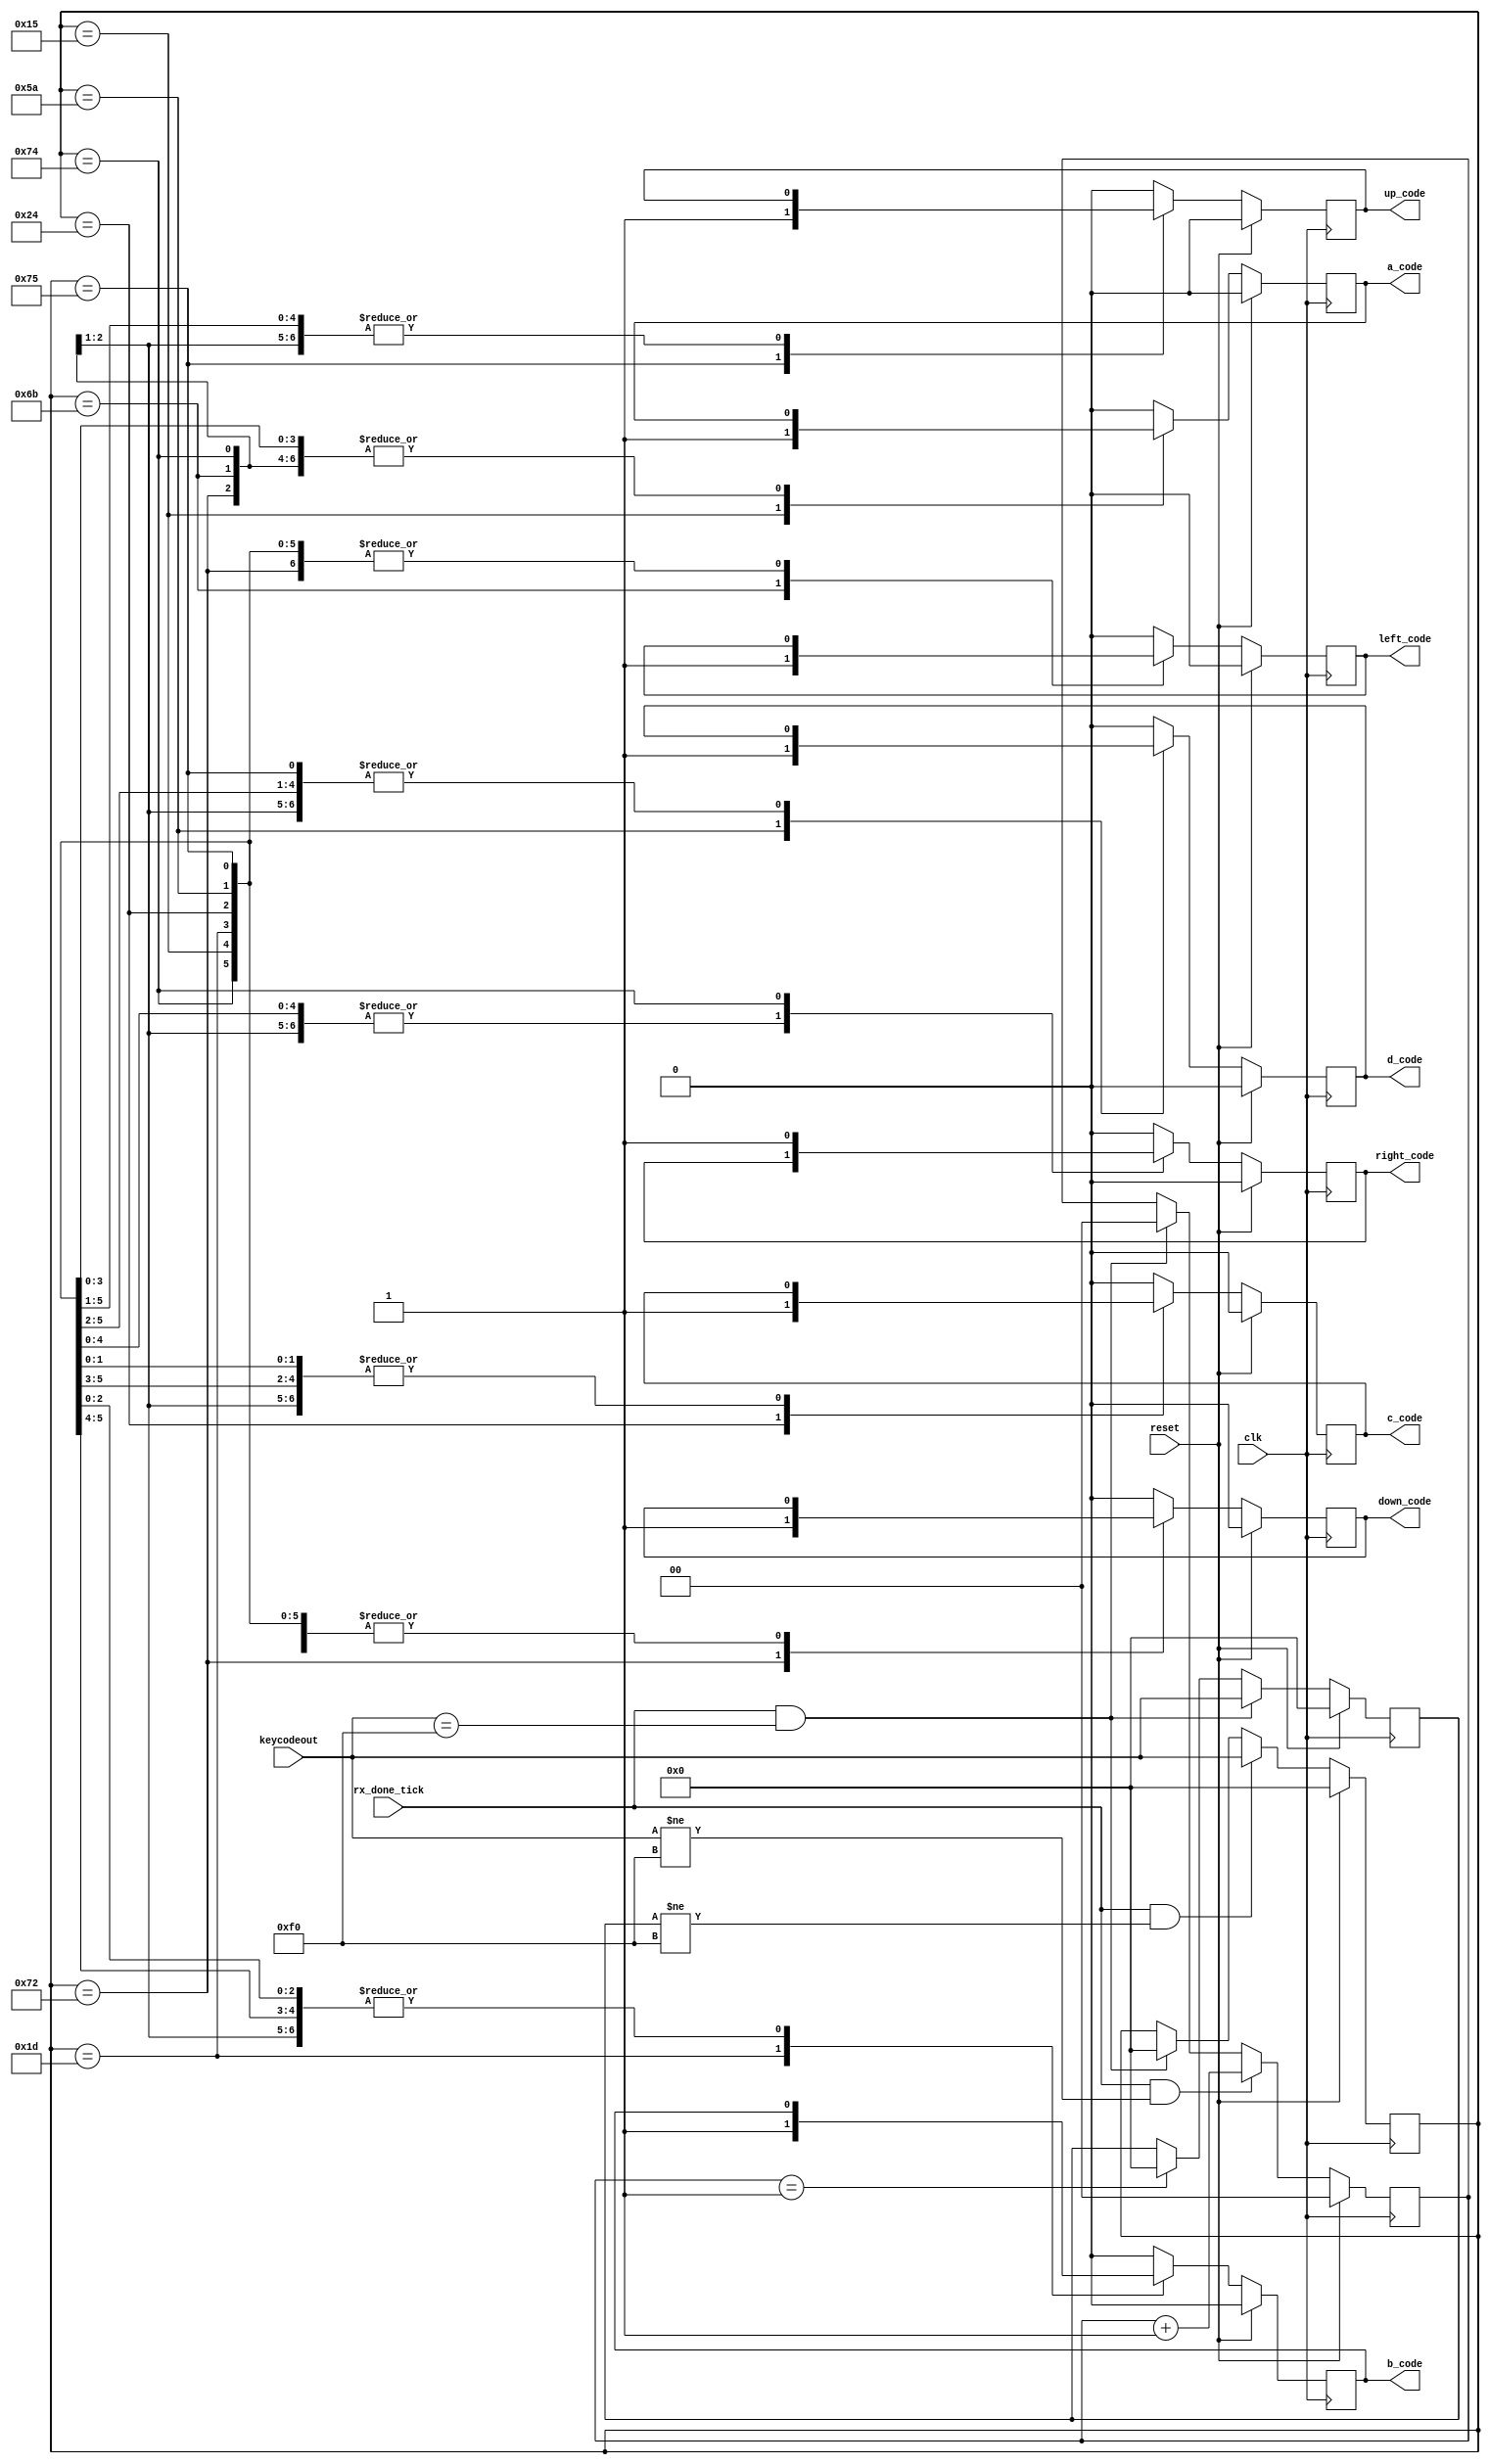
`timescale 1ns / 1ps
//////////////////////////////////////////////////////////////////////////////////
// Company:
// Engineer:
//
// Design Name:
// Module Name:    keyout

// Revision:
// Revision 0.01 - File Created
// Additional Comments: hecho por joao salas
//
//////////////////////////////////////////////////////////////////////////////////
module keyout(
  input clk,reset,rx_done_tick,
  input [7:0] keycodeout,
  output  reg a_code,b_code,c_code,d_code,up_code,down_code,left_code,right_code

  );

//-----------------------------------------------
//      declaracion de registros a utilizar
//-----------------------------------------------

reg [7:0] hexacode;
//reg a_code,b_code,c_code,d_code,up_code,down_code,left_code,right_code;
reg [7:0] offkey;
reg [7:0] keynext;


//------------------------------------------------
//                   CUERPO
//------------------------------------------------

//			carga de codigo en el registro de acuerdo a la tecla presionada

always @(posedge clk) begin
    if(reset) begin
    		 hexacode <= 8'h00;
        end
    else begin
		   if((rx_done_tick) && (offkey != 8'hf0))
         begin
            hexacode <= keycodeout;
           end
        else if((rx_done_tick) && (keycodeout == 8'hf0))
        		hexacode <= 0;
        else begin
            hexacode<=hexacode;
            end
    end
end


//-----------------------------------------------------
//              deteccion de tecla suelta
//-----------------------------------------------------
reg [1:0] contador;

// contador para habilitaciones

always@(posedge clk) begin
	if(reset) begin
				contador<=0;
			  end
	 else if((rx_done_tick) && (keycodeout != 8'hf0) )begin
					contador<=contador+1;
					end
	 else if((rx_done_tick) && (keycodeout == 8'hf0))begin
					contador<=0;
					end
	 else
			contador<=contador;
end

//		detector de codigo F0 que significa que la tecla se solto

always @(posedge clk) begin
    if(reset) begin
    		offkey <= 8'h00;
        end
    else begin
        if((rx_done_tick) && (keycodeout==8'hf0))begin
           offkey <= keycodeout[7:0];
           end
        else if(contador==1)begin
              offkey <= 8'h00;
            end
        else begin
        		offkey <= offkey;
           end
    end
end


//      decodificacion de tecla

always @(posedge clk) begin
    if(reset) begin
          a_code<=0;down_code<=1'b0;
          b_code<=0;up_code<=1'b0;
          c_code<=0;left_code<=1'b0;
          d_code<=0;right_code<=1'b0;
        end
    else begin
        case(hexacode)
        8'h15: begin   //letra A
                    a_code<=1'b1;
                      end
        8'h1d: begin   //letra B
                    b_code<=1'b1;
                      end
        8'h24: begin   //letra C
                    c_code<=1'b1;
                      end
        8'h5a: begin   //letra D
                    d_code<=1'b1;
                             end
        8'h75: begin
               up_code<=1'b1;
               end
        8'h72: begin
                down_code<=1'b1;
                end
        8'h6B: begin
                 left_code<=1'b1;
                 end
        8'h74: begin
                 right_code<=1'b1;
                 end
        default: begin
                  a_code<=0;down_code<=1'b0;
                  b_code<=0;up_code<=1'b0;
                  c_code<=0;left_code<=1'b0;
                  d_code<=0;right_code<=1'b0;
                end
        endcase
		  end
end

//      salida final
/*
assign b = b_code;
assign a = a_code;
assign d = d_code;
assign c = c_code;
assign up = up_code;
assign down = down_code;
assign left = left_code;
assign rightis = right_code;
*/


endmodule